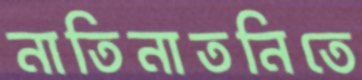
নাতিনাতনিতে